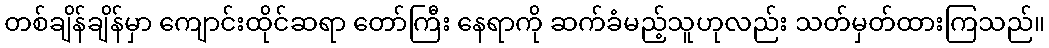
တစ်ချိန်ချိန်မှာ ကျောင်းထိုင်ဆရာ တော်ကြီး နေရာကို ဆက်ခံမည့်သူဟုလည်း သတ်မှတ်ထားကြသည်။